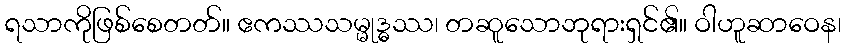
ရသာကိုဖြစ်စေတတ်။ ဧကဿသမ္မုဒ္ဓဿ၊ တဆူသောဘုရားရှင်၏။ ဝါဟူဆာဝေန၊